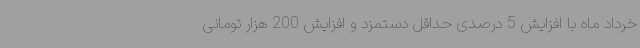
خرداد ماه با افزایش 5 درصدی حداقل دستمزد و افزایش 200 هزار تومانی